Annual report of the Punjab Veterinary College and of the Civil Veterinary Department, Punjab - 1926-1932
Year: 1926
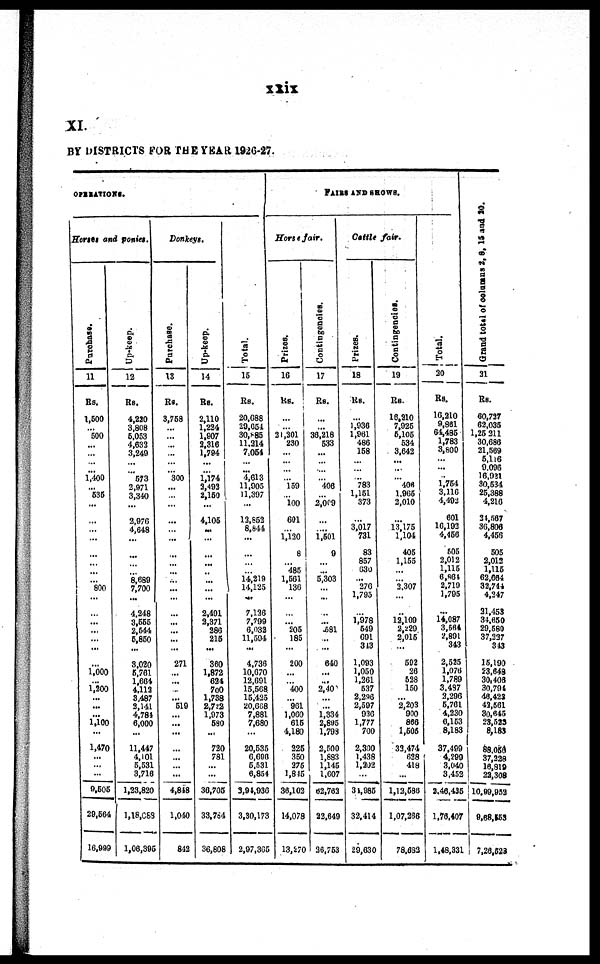
xxix
XI.
BY DISTRICTS FOR THE YEAR 1926-27.
OPERATIONS
Horses and ponies.
Purchase.
11
Rs.
1,500
... 500
...
...
... ...
1,400
... 535
...
...
... ...
...
...
...
... 800
...
...
...
...
... ...
...
1,000
...
1,200
...
...
...
1,100
...
1,470
...
...
...
9,505
29,564
16,999
Up-keep.
12
Rs.
4,220
3,808
5,053
4,632
3,249
...
...
573
2,971
3,340
...
2,976
4,648
...
...
...
...
8,689
7,700
...
4,248
3,555
2,544
5,850
...
3,020
5,761
1,664
4,112
3,487
2,141
4,784
6,000
...
11,447
4,101
5,531
3,716
1,23,820
1,18,088
1,06,395
Donkeys.
Purchase.
13
Rs.
3,758
...
...
...
...
... ...
300
...
...
...
...
... ...
...
...
...
...
...
...
...
...
...
... ...
271
... ...
...
... 519
... ...
...
...
...
... ...
4,818
1,040
842
Up-keep.
14
Rs.
2,110
1,224
1,907
2,316
1,794
...
...
1,174
2,492
2,150
...
4,105
... ...
...
...
...
...
...
...
2,491
2,371
286
215
...
360
1,872
624
700
1,738
2,722
1,973
580
...
720
781
...
...
36,705
33,784
36,808
Total.
15
Rs.
20,688
29,654
30,885
11,214
7,054
...
...
4,613
11,905
11,397
...
12,852
8,844
...
...
...
... 14,219
14,125
...
7,126
7,799
6,032
11,594
...
4,736
10,670
12,691
15,568
15,425
20,668
7,881
7,680
...
20,535
6,696
6,531
6,854
3,94,936
3,30,173
2,97,365
FAIRS AND SHOWS.
Horses fair.
Prizes.
16
Rs.
...
...
21,201
230
...
... ...
... 159
... 100
601
... 1,120
8
... 485
1,561
136
...
...
... 205
185
...
200
...
... 400
... 961
1,060
615
4,180
225
350
275
1,845
36,102
14,078
13,270
Contingencies.
17
Rs.
...
... 36,218
533
...
... ...
... 406
... 2,009
...
... 1,501
9
...
... 5,303
...
...
...
... 581
...
...
640
...
...
240
...
... 1,334
2,895
1,798
2,500
1,883
1,145
1,607
62,762
22,649
26,753
Cattle
fair.
Prizes.
18
Rs.
...
1,936
1,961
486
158
... ...
... 783
1,151
373
...
3,017
731
83
857
630
... 276
1,795
...
1,978
549
691
343
1,093
1,050
1,261
537
2,296
2,597
936
1,777
700
2,300
1,438
1,202
...
34,985
32,414
29,630
Contingencies.
19
Rs.
18,210
7,925
5,105
534
3,642
...
...
... 406
1,965
2,010
...
13,175
1,104
405
1,155
...
... 2,307
...
...
12,109
2,229
2,015
...
592
26
528
150
... 2,203
900
866
1,505
32,474
628
418
...
1,12,586
1,07,266
78,682
Total.
20
Rs.
16,210
9,861
64,485
1,783
3,800
... ...
... 1,754
3,116
4,492
601
16,192
4,456
505
2,012
1,115
6,864
2,719
1,795
...
14,087
3,564
2,891
343
2,525
1,076
1,789
3,487
2,296
5,761
4,230
6,153
8,183
37,499
4,299
3,040
3,452
2.46,435
1,76,407
1,48,331
Grand total of columns 2, 8, 15 and 20.
21
Rs.
60,727
62,035
1,25211
30,686
21,569
5,116
9,096
16,921
30,534
25,388
4,216
24,567
36,806
4,456
505
2,012
1,115
62,664
32,744
4,247
21,453
34,650
29,580
37,227
343
15,190
23,648
30,406
30,794
46,423
42,561
30,645
23,523
8,183
88,056
37,228
16,819
22,308
10,99,952
9,68,153
7,26,528